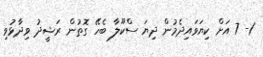
1- 7 އަށް ކިޔަވައިދެމުން ދިޔަ ސްކޫލާ ބެހޭ ގޮތުން ރަޝީދު ވިދާޅުވި